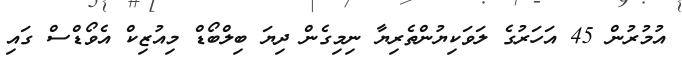
އުމުރުން 45 އަހަރުގެ ލަވަކިޔުންތެރިޔާ ނިމިގެން ދިޔަ ބިލްބޯޑް މިއުޒިކް އެވޯޑްސް ގައި